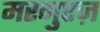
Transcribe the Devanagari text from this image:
मरगुएज़